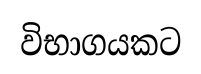
විභාගයකට